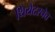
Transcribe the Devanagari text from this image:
थियेटरचेच